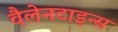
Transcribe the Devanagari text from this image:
वैलेनटाइन्स